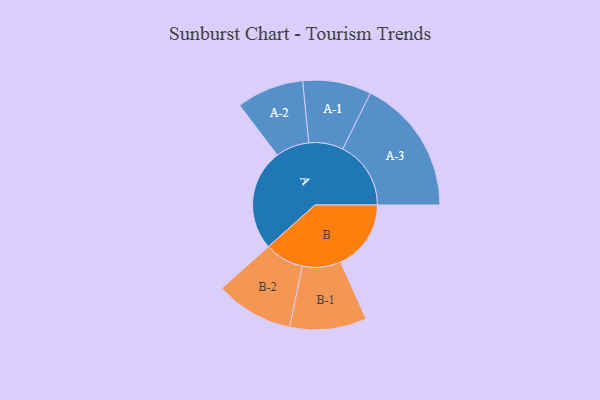
{"axis": {"x": "Segment", "y": "Value"}, "legend": ["", "A", "B"], "data": [{"x": "A", "y": 443, "type": ""}, {"x": "B", "y": 308, "type": ""}, {"x": "A-1", "y": 150, "type": "A"}, {"x": "A-2", "y": 147, "type": "A"}, {"x": "A-3", "y": 298, "type": "A"}, {"x": "B-1", "y": 168, "type": "B"}, {"x": "B-2", "y": 171, "type": "B"}]}